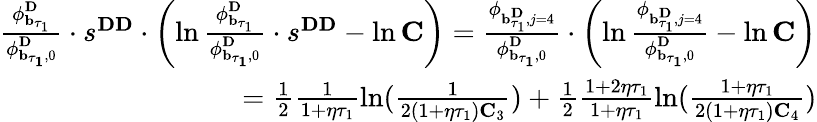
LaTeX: \begin{array}{r}{\frac{\mathbf{\phi}_{\mathbf{b}_{\tau_{1}}}^{\mathbf{D}}}{\mathbf{\phi}_{\mathbf{{b}_{\tau_{1}}},0}^{\mathbf{D}}}\cdot s^{\mathbf{DD}}\cdot\left(\ln\frac{\mathbf{\phi}_{\mathbf{b}_{\tau_{1}}}^{\mathbf{D}}}{\mathbf{\phi}_{\mathbf{{b}_{\tau_{1}}},0}^{\mathbf{D}}}\cdot s^{\mathbf{DD}}-\ln\mathbf{C}\right)=\frac{\mathbf{\phi}_{\mathbf{b}_{\tau_{1}}^{\mathbf{D}},j=4}}{\mathbf{\phi}_{\mathbf{{b}_{\tau_{1}}},0}^{\mathbf{D}}}\cdot\left(\ln\frac{\mathbf{\phi}_{\mathbf{b}_{\tau_{1}}^{\mathbf{D}},j=4}}{\mathbf{\phi}_{\mathbf{{b}_{\tau_{1}}},0}^{\mathbf{D}}}-\ln\mathbf{C}\right)}\\ {=\frac{1}{2}\frac{1}{1+\eta\tau_{1}}\ln(\frac{1}{2(1+\eta\tau_{1})\mathbf{C}_{3}})+\frac{1}{2}\frac{1+2\eta\tau_{1}}{1+\eta\tau_{1}}\ln(\frac{1+\eta\tau_{1}}{2(1+\eta\tau_{1})\mathbf{C}_{4}})}\end{array}